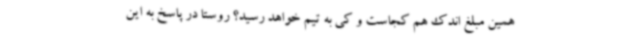
همین مبلغ اندک هم کجاست و کی به تیم خواهد رسید؟ روستا در پاسخ به این